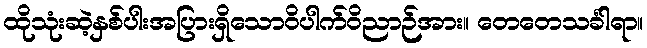
ထိုသုံးဆဲ့နှစ်ပါးအပြားရှိသောဝိပါက်ဝိညာဉ်အား။ တေတေသင်္ခါရာ။